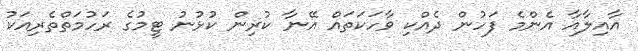
އާއިލާއާ އެންމެ ފަހުން ދެއްކި ވާހަކަތައް އޭނާ ކުރިން ކުޅުނު ޓީމުގެ ރަހުމަތްތެރިއަކު